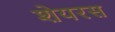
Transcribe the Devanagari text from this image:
शेयरस